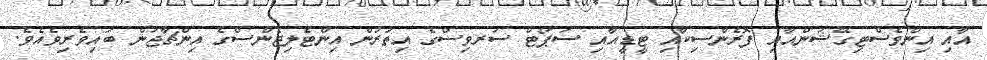
އާއި އިންވެސްޓިގޭޝަންއާއި ފޮރެންސިކާއި ޓީޑީއާއި ސަޕޯޓް ސަރވިސްގެ އިތުރުން އިންޓެލިޖެންސްގެ އިންޗާޖުން ބައިވެރިވެއެވެ.